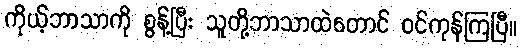
ကိုယ့်ဘာသာကို စွန့်ပြီး သူတို့ဘာသာထဲတောင် ဝင်ကုန်ကြပြီ။